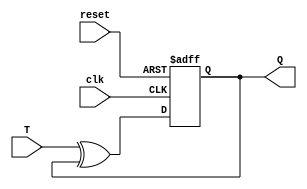
`timescale 1ns/1ns
module Tflip_flop(T,clk,reset,Q);

	input T,clk,reset;
	output Q;
	reg Q;
	wire D;
	
	xor XOR(D,T,Q);
	always @(negedge reset or posedge clk)
	begin	
		if(~reset) Q<=1'b0;
		else Q<=D;
	end
	
endmodule